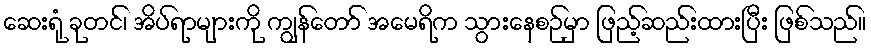
ဆေးရုံ ခုတင်၊ အိပ်ရာများကို ကျွန်တော် အမေရိက သွားနေစဉ်မှာ ဖြည့်ဆည်းထားပြီး ဖြစ်သည်။